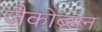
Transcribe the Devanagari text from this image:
जैकोब्सन